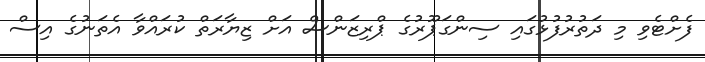
ފެށްޓެވި މި ދަތުރުފުޅުގައި ސިންގަޕޫރުގެ ޕްރިޒަންސް އަށް ޒިޔާރަތް ކުރައްވާ އެތަނުގެ އިސް